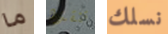
ما تنقذه نسلك